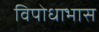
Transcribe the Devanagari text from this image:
विपोधाभास